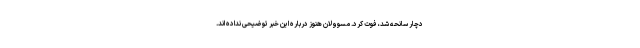
دچار سانحه شد، فوت کرد. مسوولان هنوز درباره این خبر توضیحی نداده اند.